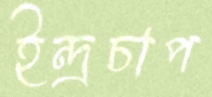
ইন্দ্রচাপ